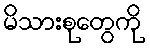
မိသားစုတွေကို